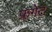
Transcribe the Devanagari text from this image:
फ्रगेट